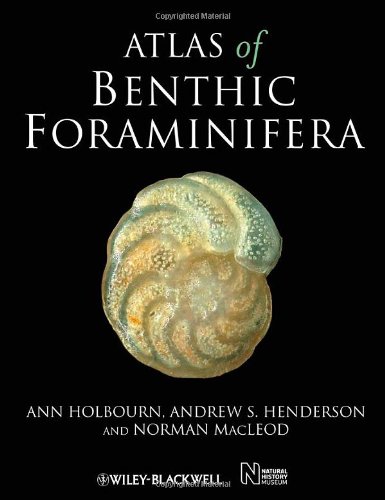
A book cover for Atlas of Benthic Foraminifera; Ann Holbourn; Science & Math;